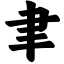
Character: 聿